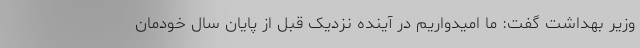
وزیر بهداشت گفت: ما امیدواریم در آینده نزدیک قبل از پایان سال خودمان